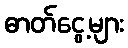
ဓာတ်ငွေ့များ